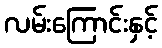
လမ်းကြောင်းနှင့်